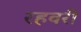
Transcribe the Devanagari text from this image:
रहवरी